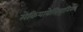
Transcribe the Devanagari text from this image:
मेकियावेलियानिस्म